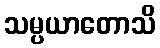
သမ္ပယာတောသိ